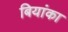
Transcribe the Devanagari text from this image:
बियांका